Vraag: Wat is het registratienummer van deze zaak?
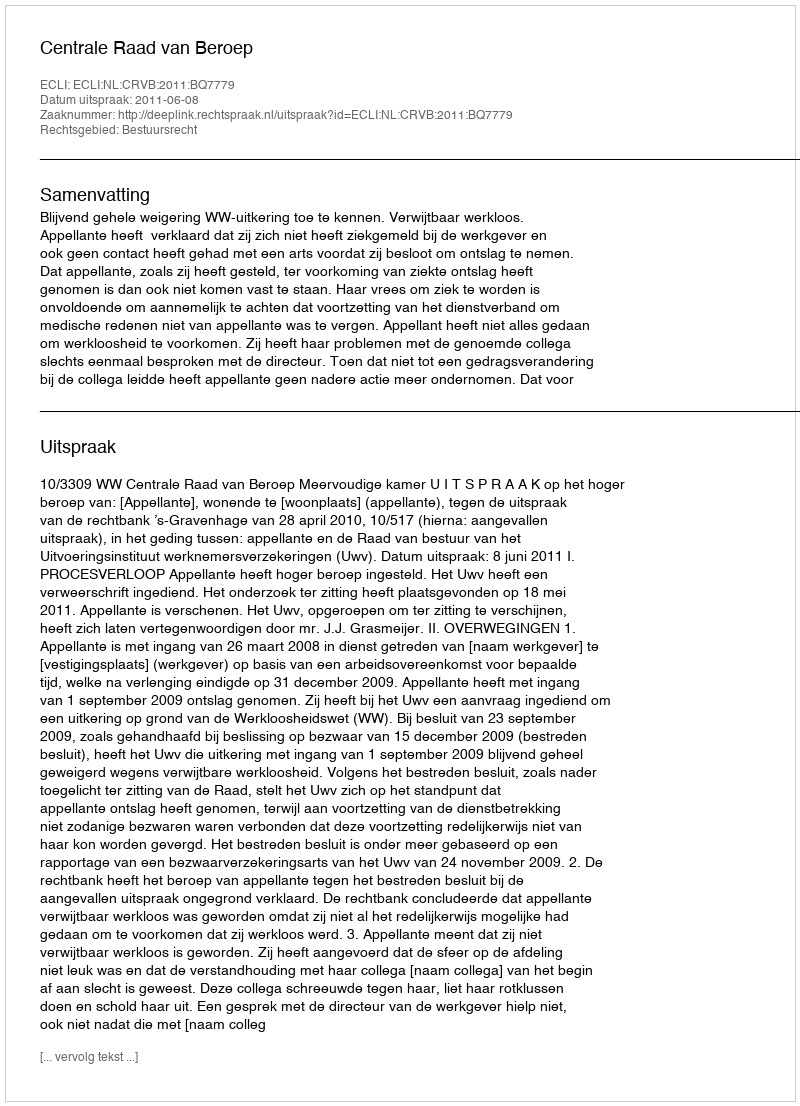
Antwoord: http://deeplink.rechtspraak.nl/uitspraak?id=ECLI:NL:CRVB:2011:BQ7779